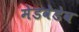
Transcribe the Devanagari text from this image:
मेडवेडेव